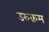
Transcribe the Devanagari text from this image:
उरुक्रम